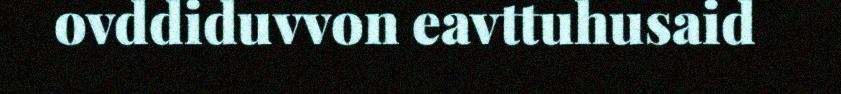
ovddiduvvon eavttuhusaid